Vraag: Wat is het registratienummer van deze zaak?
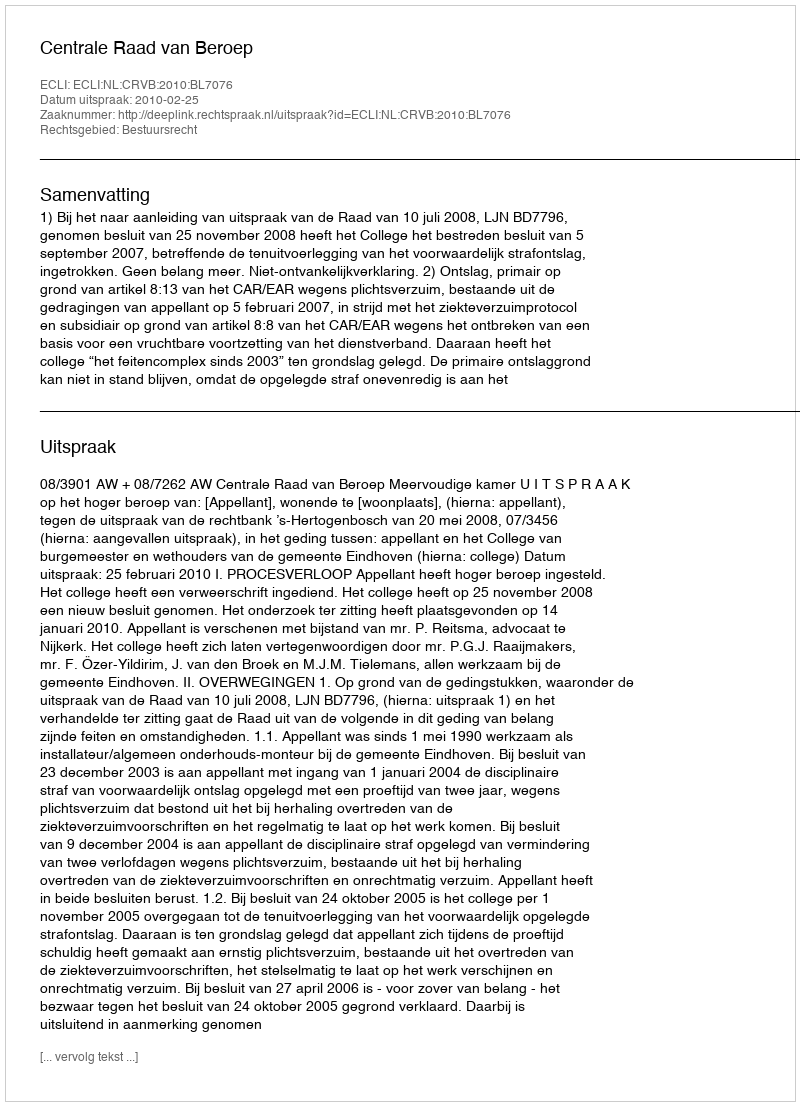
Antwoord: http://deeplink.rechtspraak.nl/uitspraak?id=ECLI:NL:CRVB:2010:BL7076